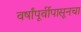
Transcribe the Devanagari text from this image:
वर्षांपूर्वीपासूनचा